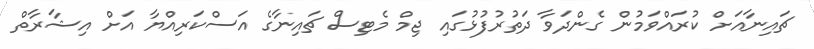
ޗައިނާއަށް ކުރައްވަމުން ގެންދަވާ ދަތުރުފުޅުގައި ޖިމް މެޓިސް ޗައިނާގެ އަސްކަރިއްޔާ އަށް އިޝާރާތް